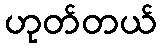
ဟုတ်တယ်